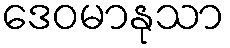
ဒေဝမာနုသာ